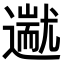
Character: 𬩗